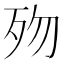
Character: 歾